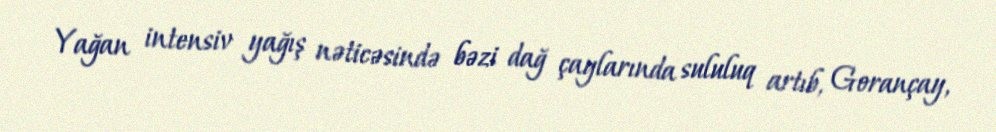
Yağan intensiv yağış nəticəsində bəzi dağ çaylarında sululuq artıb, Gorançay,